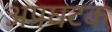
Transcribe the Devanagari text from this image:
अपघटक